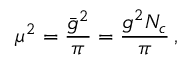
\mu ^ { 2 } = \frac { \bar { g } ^ { 2 } } { \pi } = \frac { g ^ { 2 } N _ { c } } { \pi } \, ,